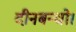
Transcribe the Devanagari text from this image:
दीनबन्धो।